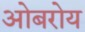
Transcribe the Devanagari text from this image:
ओबरोय